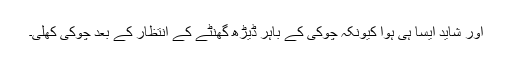
اور شاید ایسا ہی ہوا کیونکہ چوکی کے باہر ڈیڑھ گھنٹے کے انتظار کے بعد چوکی کھلی۔